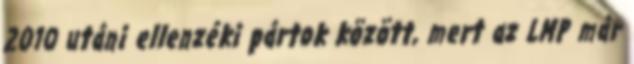
2010 utáni ellenzéki pártok között, mert az LMP már